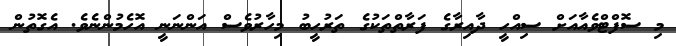
މި ސޮފްޓްވެއާއަށް ސިއްހީ ދާއިރާގެ ފަރާތްތަކުގެ ތަރުހީބު މިހާރުވެސް އަންނަނީ އޮހެމުންނެވެ. އެގޮތުން